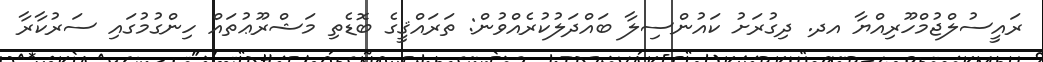
ރައީސުލްޖުމްހޫރިއްޔާ އދ. ދިގުރަށު ކައުންސިލާ ބައްދަލުކުރެއްވުން: ތަރައްޤީގެ ބޮޑެތި މަޝްރޫޢުތައް ހިންގުމުގައި ސަރުކާރާ